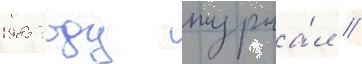
1985 году журна́л //